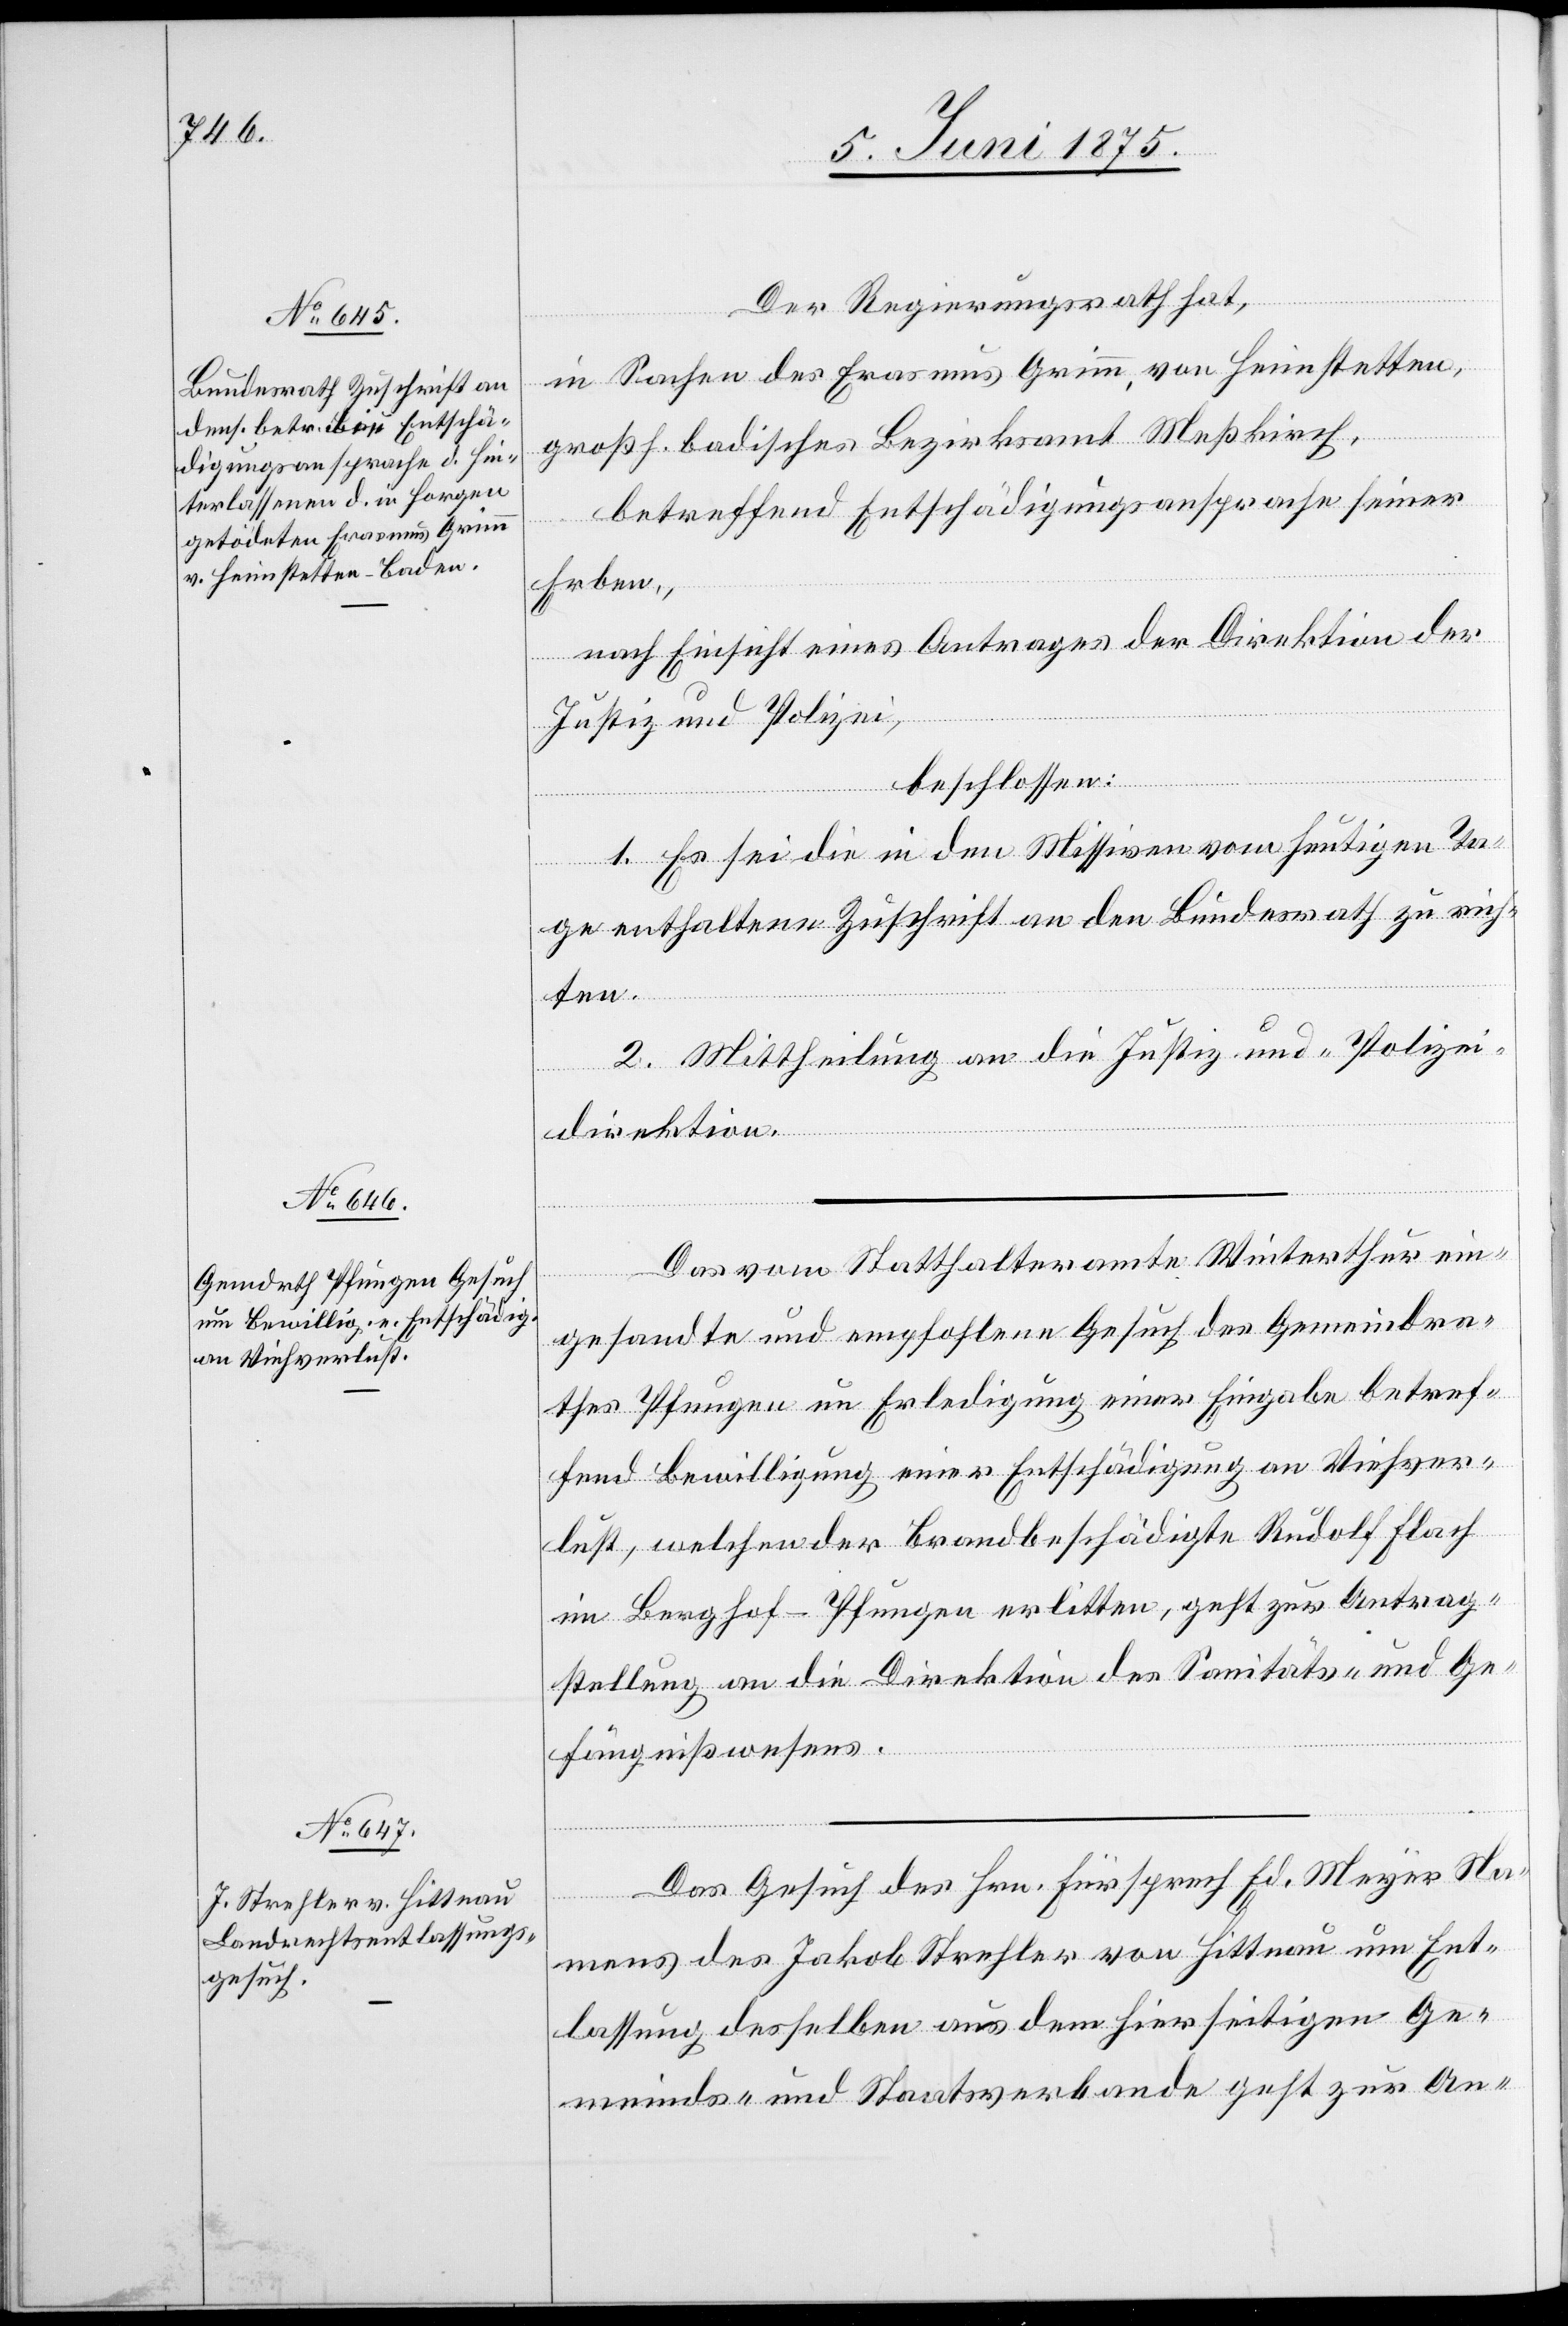
9. Juni 1875.]
Der Regierungsrath hat,
in Sachen des Erasmus Grimm, von Heimstetten,
großh. badisches Bezirksamt Meßkirch,
betreffend Entschädigungsansprache seiner
Erben,
nach Einsicht eines Antrages der Direktion der
Justiz und Polizei,
beschlossen:
1. Es sei die in den Missiven vom heutigen Ta¬
ge enthaltene Zuschrift an den Bundesrath zu rich¬
ten.
2. Mittheilung an die Justiz- und Polizei¬
direktion.
Das vom Statthalteramte Winterthur ein¬
gesandte und empfohlene Gesuch des Gemeindra¬
thes Pfungen um Erledigung einer Eingabe betref¬
fend Bewilligung einer Entschädigung an Viehver¬
lust, welchen der Brandbeschädigte Rudolf Flach
im Berghof - Pfungen erlitten, geht zur Antrag¬
stellung an die Direktion des Sanitäts- und Ge¬
fängnißwesens.
Das Gesuch des Hrn. Fürsprech Ed. Meyer Na¬
mens des Jakob Strehler von Hittnau um Ent¬
lassung desselben aus dem hierseitigen Ge¬
meinds- und Staatsverbande geht zur An-